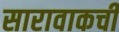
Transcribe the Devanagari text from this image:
सारावाकची